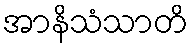
အာနိသံသာတိ